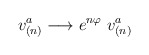
\begin{align*}v_{(n)}^{a}\longrightarrow e^{n\varphi }\ v_{(n)}^{a}\end{align*}